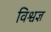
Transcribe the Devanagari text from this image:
विश्वज्ञ